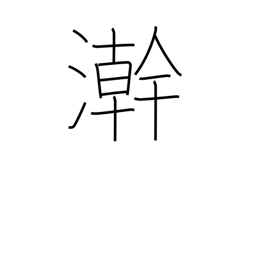
Meaning: wash